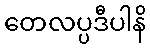
တေလပ္ပဒီပါနိ